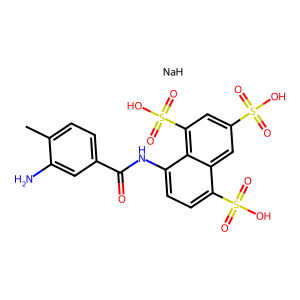
SMILES: Cc1ccc(C(=O)Nc2ccc(S(=O)(=O)O)c3cc(S(=O)(=O)O)cc(S(=O)(=O)O)c23)cc1N.[NaH]
Inhibits HIV replication: No